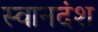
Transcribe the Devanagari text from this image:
स्वानदंश